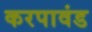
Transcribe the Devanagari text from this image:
करपावंड